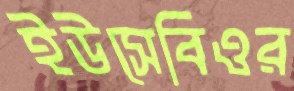
ইউসেবিওর